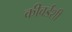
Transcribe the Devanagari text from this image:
कीवर्डशी